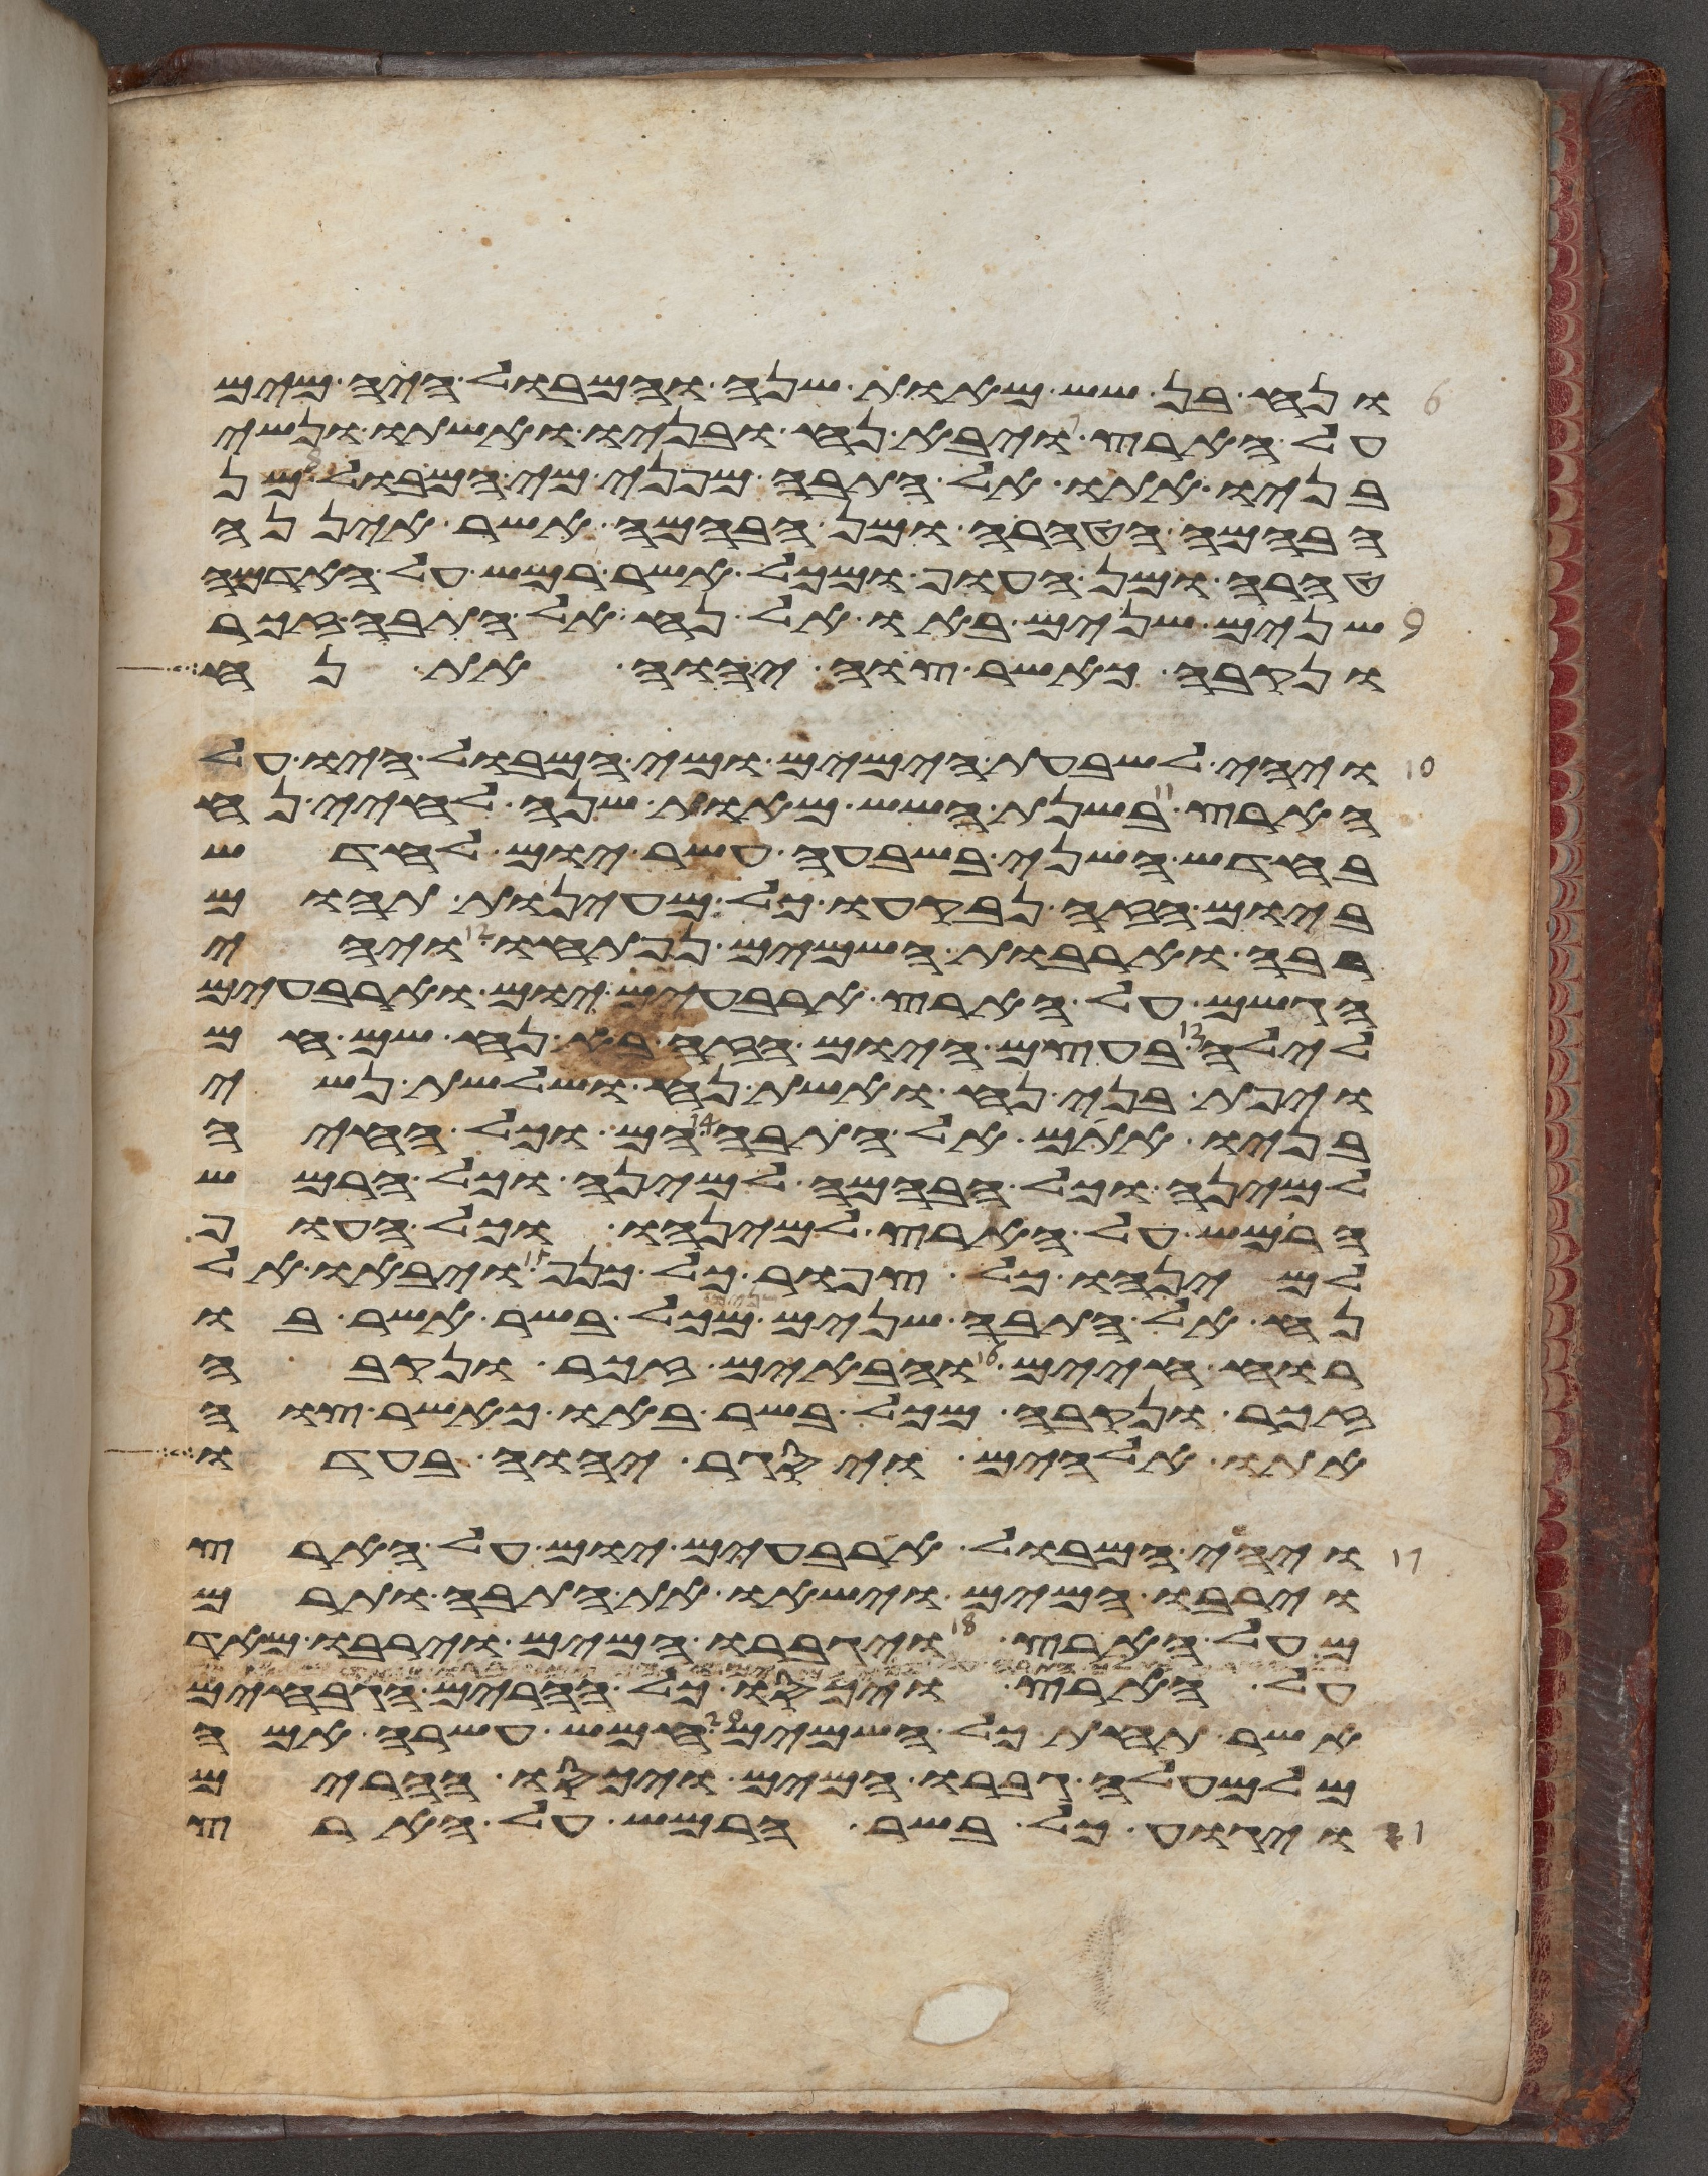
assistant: ונח בן שש מאות שנה והמבול היה מים
על הארץ ויבא נח ובניו ואשתו ונשי
בניו אתו אל התבה מפני מי המבול מן
הבהמה הטהרה ומן הבהמה אשר איננה
טהרה ומן העוף ומכל אשר רמש על האדמה
שנים שנים באו אל נח אל התבה זכר
ונקבה כאשר צוה יהוה את נח
ויהי לשבעת הימים ומי המבול היו על
הארץ בשנת השש מאות שנה לחיי נח
בחדש השני בשבעה עשר יום לחדש
ביום הזה נבקעו כל מעינות תהום
רבה וארבות השמים נפתחו ויהי
הגשם על הארץ ארבעים יום וארבעים
לילה בעצם היום הזה בא נח שם חם
ויפת בני נח ואשת נח ושלשת נשי
בניו אתם אל התבה הם וכל החיה
למינה וכל הבהמה למינה וכל הרמש
הרמש על הארץ למינהו וכל העוף
למינהו כל צפור כל כנף ויבאו אל
נח אל התבה שנים שנים מכל בשר אשר בו
רוח חיים והבאים זכר ונקבה
זכר ונקבה מכל בשר באו כאשר צוה
אתו אלהים ויסגר יהוה בעדו
ויהי המבול ארבעים יום על הארץ
וירבו המים וישאו את התבה ותרם
מעל הארץ ויגברו המים וירבו מאד
על הארץ ויכסו כל ההרים הגבחים
אשר תחת כל השמים חמש עשרה אמה
מלמעלה גברו המים ויכסו ההרים
ויגוע כל בשר הרמש על הארץ